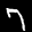
Label: 7